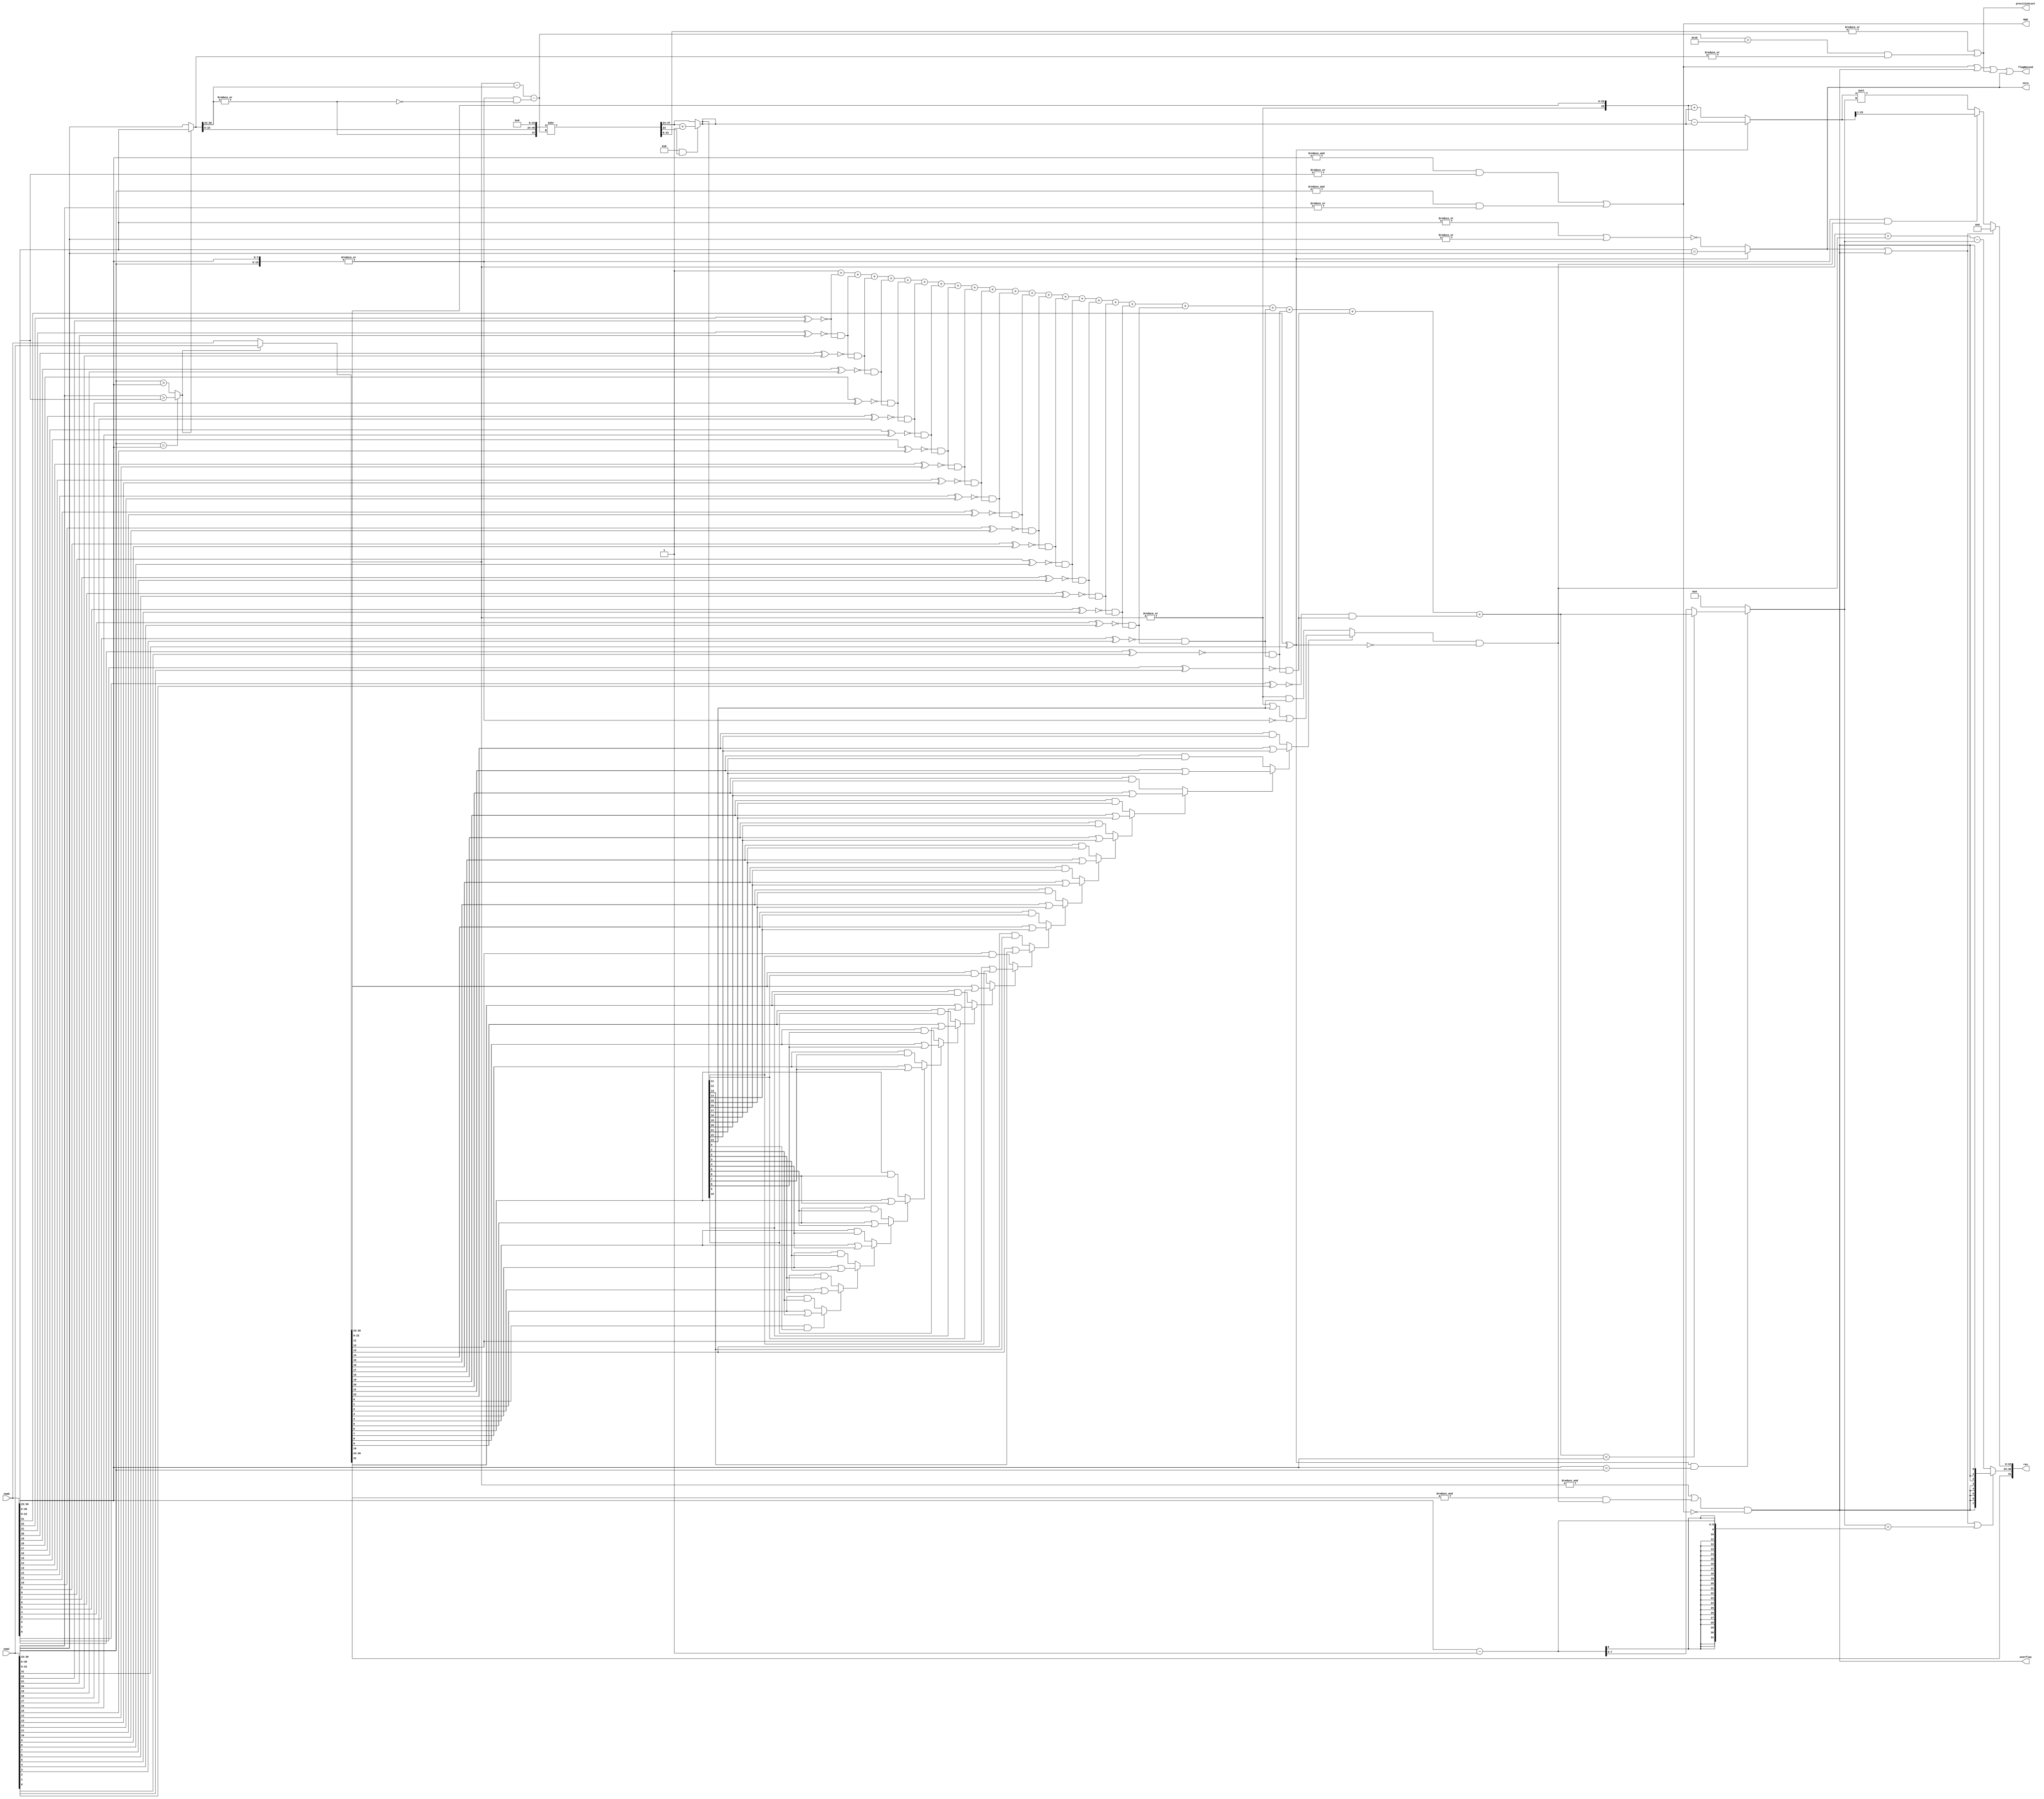
module fp_adder#(
  parameter BIT_SIZE = 32,
  parameter ROUNDING_TYPE = 0,
  parameter ENABLE_FLAGS_MASTER = 1,
  parameter ENABLE_FLAGS_COMMON = 1,
  parameter ENABLE_FLAGS_OF     = 1,
  parameter ENABLE_FLAGS_ZERO   = 1,
  parameter ENABLE_FLAGS_NaN    = 1,
  parameter ENABLE_FLAGS_PLost  = 1,
  parameter FORMAT_OVERRIDE     = 0, //!not supported, if enabled BIT_SIZE must be set accordingly
  parameter EXPONENT_SIZE_OR    = 5, // BIT_SIZE = 1 + EXPONENT_SIZE_OR + FRACTION_SIZE_OR
  parameter FRACTION_SIZE_OR    = 10
)(
  //Optional Flags
  output overflow,
  output zero,
  output NaN,
  output precisionLost,
  output flagRaised,

  input  [BIT_SIZE-1:0] num0,
  input  [BIT_SIZE-1:0] num1,
  output [BIT_SIZE-1:0] res
);
  integer i, j;
  localparam ENABLE_NaN      = ENABLE_FLAGS_MASTER && ENABLE_FLAGS_NaN;
  localparam ENABLE_ZERO     = ENABLE_FLAGS_MASTER && ENABLE_FLAGS_ZERO;
  localparam ENABLE_OVERFLOW = ENABLE_FLAGS_MASTER && ENABLE_FLAGS_OF;
  localparam ENABLE_PRESLOST = ENABLE_FLAGS_MASTER && ENABLE_FLAGS_PLost;
  initial begin
    if(BIT_SIZE != 32 && BIT_SIZE != 64 && !FORMAT_OVERRIDE) begin
      $error("Only binary32 and binary64 are supported!");
    end
    if(FORMAT_OVERRIDE) begin
      $display("WARNING: Set to override mode. This mode is not supported/tested, design may not work properly.");
    end
  end
  localparam EXPONENT_SIZE = FORMAT_OVERRIDE ? EXPONENT_SIZE_OR : BIT_SIZE == 64 ? 11 :  8;
  localparam FRACTION_SIZE = FORMAT_OVERRIDE ? FRACTION_SIZE_OR : BIT_SIZE == 64 ? 52 : 23;

  //Decode values
  wire sign0, sign1, signBig, signSmall, signRes;
  wire [EXPONENT_SIZE-1:0] exp0, exp1, expBig, expSmall, expRes;
  wire [FRACTION_SIZE-1:0] frac0, frac1, fracBig, fracSmall, fracRes;
  wire [BIT_SIZE-1:0] numBig, numSmall, numRes;

  assign {sign0,     exp0,     frac0}     = num0;
  assign {sign1,     exp1,     frac1}     = num1;
  assign {signBig,   expBig,   fracBig}   = numBig;
  assign {signSmall, expSmall, fracSmall} = numSmall;

  wire op = sign0 ^ sign1; //or equal maybe; 0: add 1: subtract
  wire bothSubnorm = ~|{exp0, exp1};

  //Determine big and small number
  wire bigNum = (exp1 == exp0) ? (frac1 > frac0) : (exp1 > exp0);
  assign numBig   = bigNum ? num1 : num0;
  assign numSmall = bigNum ? num0 : num1;
  wire  bigInf    = &expBig && ~|fracBig;
  wire  bigSubN   = ~|expBig;
  wire  smallInf  = &expSmall && ~|fracSmall;
  wire  smallSubN = ~|expSmall;
  wire [FRACTION_SIZE:0]   bigFloat = {|expBig,  fracBig};
  wire [FRACTION_SIZE:0] smallFloat = {|expSmall,fracSmall};
  wire [FRACTION_SIZE:0] resFloat_pre;
  wire [FRACTION_SIZE:0] resFloat;

  //Calculation helpers
  wire resZero = op ?  {exp0, frac0} == {exp1, frac1} : //sub: both has same value
                    !(|{exp0, frac0} | |{exp1, frac1}); //add: both zero
  wire resOverflow = (&expBig || (&expBig[1+:EXPONENT_SIZE-1] && expInc)) && ~NaN; 
  //if big num is inf or exponent of result overflows and both nums are number ^
  wire [EXPONENT_SIZE-1:0] expDiff = expBig - expSmall - (!bothSubnorm && smallSubN);
  wire [FRACTION_SIZE:0] lostValue, smallFloat_shifted, smallFloat_shifted_pre;
  wire lostAll = ENABLE_FLAGS_PLost ? expDiff > (FRACTION_SIZE+1) : 0;
  assign {smallFloat_shifted_pre, lostValue} = {smallFloat, {FRACTION_SIZE+1{1'b0}}} >> expDiff;
  assign smallFloat_shifted = ROUNDING_TYPE && lostValue[FRACTION_SIZE] ?  smallFloat_shifted_pre + 1 : smallFloat_shifted_pre;
  reg expInc;
  always@* begin //gaint array of and-or
    expInc = 0;
    for(i = 0; FRACTION_SIZE >= i; i = i + 1) begin
      expInc = expInc ? bigFloat[i] | smallFloat_shifted[i] | (bothSubnorm && (i == FRACTION_SIZE)) : bigFloat[i] & smallFloat_shifted[i];
    end
    expInc = expInc && !op;
  end 
  reg [EXPONENT_SIZE-1:0] expDec;
  reg prevSame;
  always@* begin
    if(op && (exp0 == exp1)) begin
      expDec = 1;
      prevSame = 1;
      for (j = FRACTION_SIZE; j > 0; j = j-1) begin
        expDec   = expDec + (!(frac0[j-1] ^ frac1[j-1]) && prevSame);
        prevSame =           !(frac0[j-1] ^ frac1[j-1]) && prevSame;
      end
      expDec = expDec < exp0 ? expDec : (exp0-1); //!exponent cannot underflow
    end else begin
      expDec = 0;
    end
  end

  //Calculate the result
  wire expSign_extention; //redundant
  wire [EXPONENT_SIZE-1:0] expRes_pre;
  assign signRes = signBig;
  assign {expSign_extention, expRes_pre} = {1'b0, expBig} + {{EXPONENT_SIZE{1'b0}}, expInc} - {1'b0, expDec}; //MSB is redundant
  assign resFloat_pre = op ? bigFloat - smallFloat_shifted : bigFloat + smallFloat_shifted;
  assign resFloat = (!bothSubnorm && expInc) ? {1'b1, resFloat_pre[1+:FRACTION_SIZE]} : (resFloat_pre << expDec);

  assign fracRes = (resZero || resOverflow) ?                         {FRACTION_SIZE{1'b0}}        : resFloat[0+:FRACTION_SIZE];
  assign expRes  = (resZero || resOverflow || (expDec == (exp0-1))) ? {EXPONENT_SIZE{resOverflow}} : (expRes_pre);
  assign res = {signRes,expRes,fracRes};
  
  //Optional Flags
  assign NaN = ENABLE_NaN ?  (&exp0 && |frac0) || (&exp1 && |frac1): 0; //if at least one of the operands NaN
  assign overflow = ENABLE_OVERFLOW ? resOverflow : 0; 
  assign precisionLost = ENABLE_PRESLOST ? |lostValue || (lostAll && |smallFloat) : 0;
  assign zero = !ENABLE_ZERO ? 0 : resZero;
  assign flagRaised = ENABLE_FLAGS_COMMON ? NaN | overflow | precisionLost | zero : 0;
endmodule